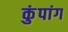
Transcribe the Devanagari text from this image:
कुंपांग